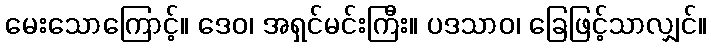
မေးသောကြောင့်။ ဒေဝ၊ အရှင်မင်းကြီး။ ပဒသာဝ၊ ခြေဖြင့်သာလျှင်။